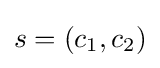
s=(c_{1},c_{2})